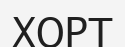
ХОРТ